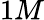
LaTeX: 1M